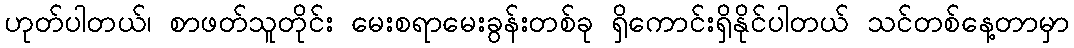
ဟုတ်ပါတယ်၊ စာဖတ်သူတိုင်း မေးစရာမေးခွန်းတစ်ခု ရှိကောင်းရှိနိုင်ပါတယ် သင်တစ်နေ့တာမှာ